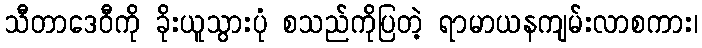
သီတာဒေဝီကို ခိုးယူသွားပုံ စသည်ကိုပြတဲ့ ရာမာယနကျမ်းလာစကား၊